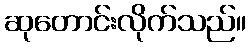
ဆုတောင်းလိုက်သည်။